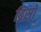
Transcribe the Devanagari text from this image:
ब्रिसो